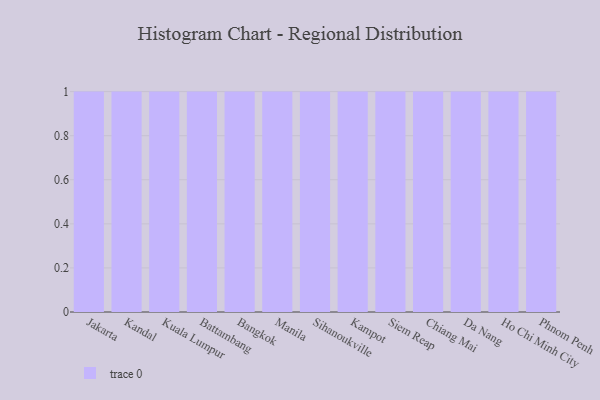
{"axis": {"x": "City", "y": "Production Output"}, "legend": [""], "data": [{"x": "Jakarta", "y": 86, "type": ""}, {"x": "Kandal", "y": 25, "type": ""}, {"x": "Kuala Lumpur", "y": 45, "type": ""}, {"x": "Battambang", "y": 17, "type": ""}, {"x": "Bangkok", "y": 12, "type": ""}, {"x": "Manila", "y": 18, "type": ""}, {"x": "Sihanoukville", "y": 18, "type": ""}, {"x": "Kampot", "y": 60, "type": ""}, {"x": "Siem Reap", "y": 40, "type": ""}, {"x": "Chiang Mai", "y": 53, "type": ""}, {"x": "Da Nang", "y": 35, "type": ""}, {"x": "Ho Chi Minh City", "y": 81, "type": ""}, {"x": "Phnom Penh", "y": 34, "type": ""}]}